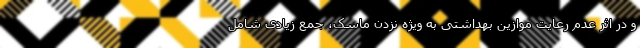
و در اثر عدم رعایت موازین بهداشتی به ویژه نزدن ماسک، جمع زیادی شامل